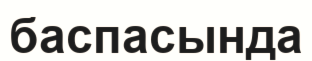
баспасында